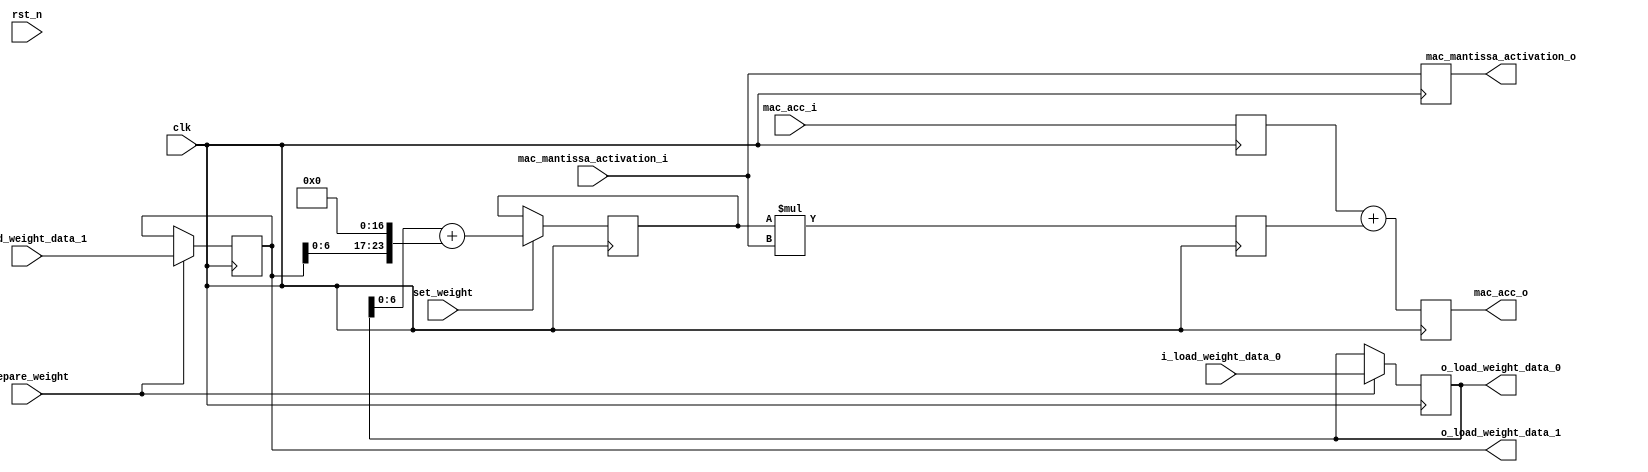
`timescale 1ns / 1ps
//////////////////////////////////////////////////////////////////////////////////\
// 
// Design Name: 
// Module Name: mac_unit
// Project Name: 
// Target Devices: 
// Tool Versions: 
// Description: 
// 
// Dependencies: 
// 
// Revision:
// Revision 0.01 - File Created
// Additional Comments:
// 
//////////////////////////////////////////////////////////////////////////////////


module mac_unit
#(
  parameter QUNATIZED_MANTISSA_WIDTH = 7,
  parameter MAC_ACC_WIDTH = 47,
  parameter BUFFER_ADDR_WIDTH = 15
)
(
  input  wire                                       clk, 
  input  wire                                       rst_n,
  input  wire                                       prepare_weight, 
  //input  wire                                       i_weight_data_fifo_wr_en,
  input  wire                                       set_weight,
  input  wire signed [QUNATIZED_MANTISSA_WIDTH-1:0] mac_mantissa_activation_i,
  input  wire signed [MAC_ACC_WIDTH-1:0]            mac_acc_i,
  output reg  signed [QUNATIZED_MANTISSA_WIDTH-1:0] mac_mantissa_activation_o,
  output reg  signed [MAC_ACC_WIDTH-1:0]            mac_acc_o,

  //Load Weight/////////////////////////////////////////////////////////////////
  input  wire signed [7:0]                          i_load_weight_data_0,
  input  wire signed [7:0]                          i_load_weight_data_1,
  output reg  signed [7:0]                          o_load_weight_data_0,
  output reg  signed [7:0]                          o_load_weight_data_1
);


  // siganl declaration
  reg  signed [24:0]                                tmp_shift_result;
  reg  signed [31:0]                                tmp_mul_result;
  reg  signed [MAC_ACC_WIDTH-1:0]                   tmp_mac_acc;
  wire signed [QUNATIZED_MANTISSA_WIDTH-1:0]        fifo_data_out_0;
  wire signed [QUNATIZED_MANTISSA_WIDTH-1:0]        fifo_data_out_1;
  
  
  // body
  // alu & activation register
  always @(posedge clk) 
  begin
    tmp_mul_result <= tmp_shift_result * mac_mantissa_activation_i;
    mac_acc_o <= tmp_mac_acc + tmp_mul_result;
    mac_mantissa_activation_o <= mac_mantissa_activation_i; // activation register
    tmp_mac_acc <= mac_acc_i;

    if (set_weight)
    begin
      //tmp_shift_result <= fifo_data_out_0 + (fifo_data_out_1 << 17);
      tmp_shift_result <= o_load_weight_data_0[QUNATIZED_MANTISSA_WIDTH-1:0] + (o_load_weight_data_1[QUNATIZED_MANTISSA_WIDTH-1:0] << 17);
    end
  
    if (prepare_weight) 
    begin
      o_load_weight_data_0 <= i_load_weight_data_0;
      o_load_weight_data_1 <= i_load_weight_data_1;
    end
  end
/*
  fifo_registered_output
  #(
    .ADDR_WIDTH(5),
    .DATA_WIDTH(QUNATIZED_MANTISSA_WIDTH*2),
    .REG_OUT("no")
  ) weight_data_fifo(
    .clk(clk), 
    .rst_n(rst_n),
    .rd_en(set_weight), 
    .wr_en(i_weight_data_fifo_wr_en),
    .data_in({o_load_weight_data_0[QUNATIZED_MANTISSA_WIDTH-1:0], o_load_weight_data_1[QUNATIZED_MANTISSA_WIDTH-1:0]}),
    .fifo_empty(), 
    .fifo_full(),
    .data_out({fifo_data_out_0, fifo_data_out_1})
  );
*/
endmodule